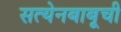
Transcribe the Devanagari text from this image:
सत्येनबाबूची